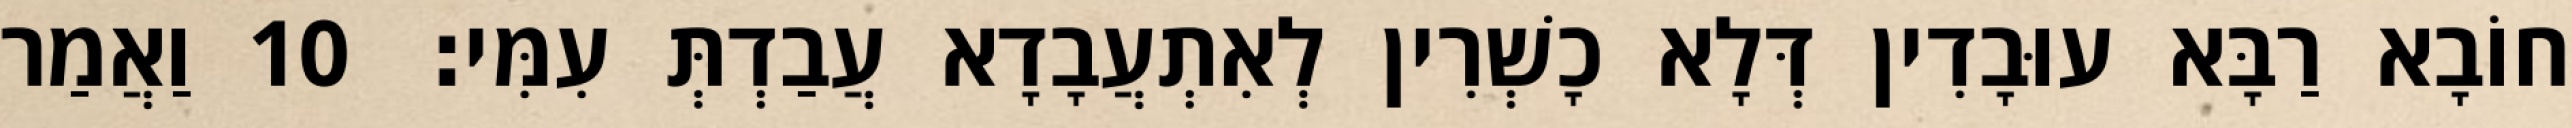
חוֹבָא רַבָּא עוּבָדִין דְּלָא כָשְׁרִין לְאִתְעֲבָדָא עֲבַדְתְּ עִמִּי׃ 10 וַאֲמַר